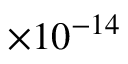
\times 1 0 ^ { - 1 4 }